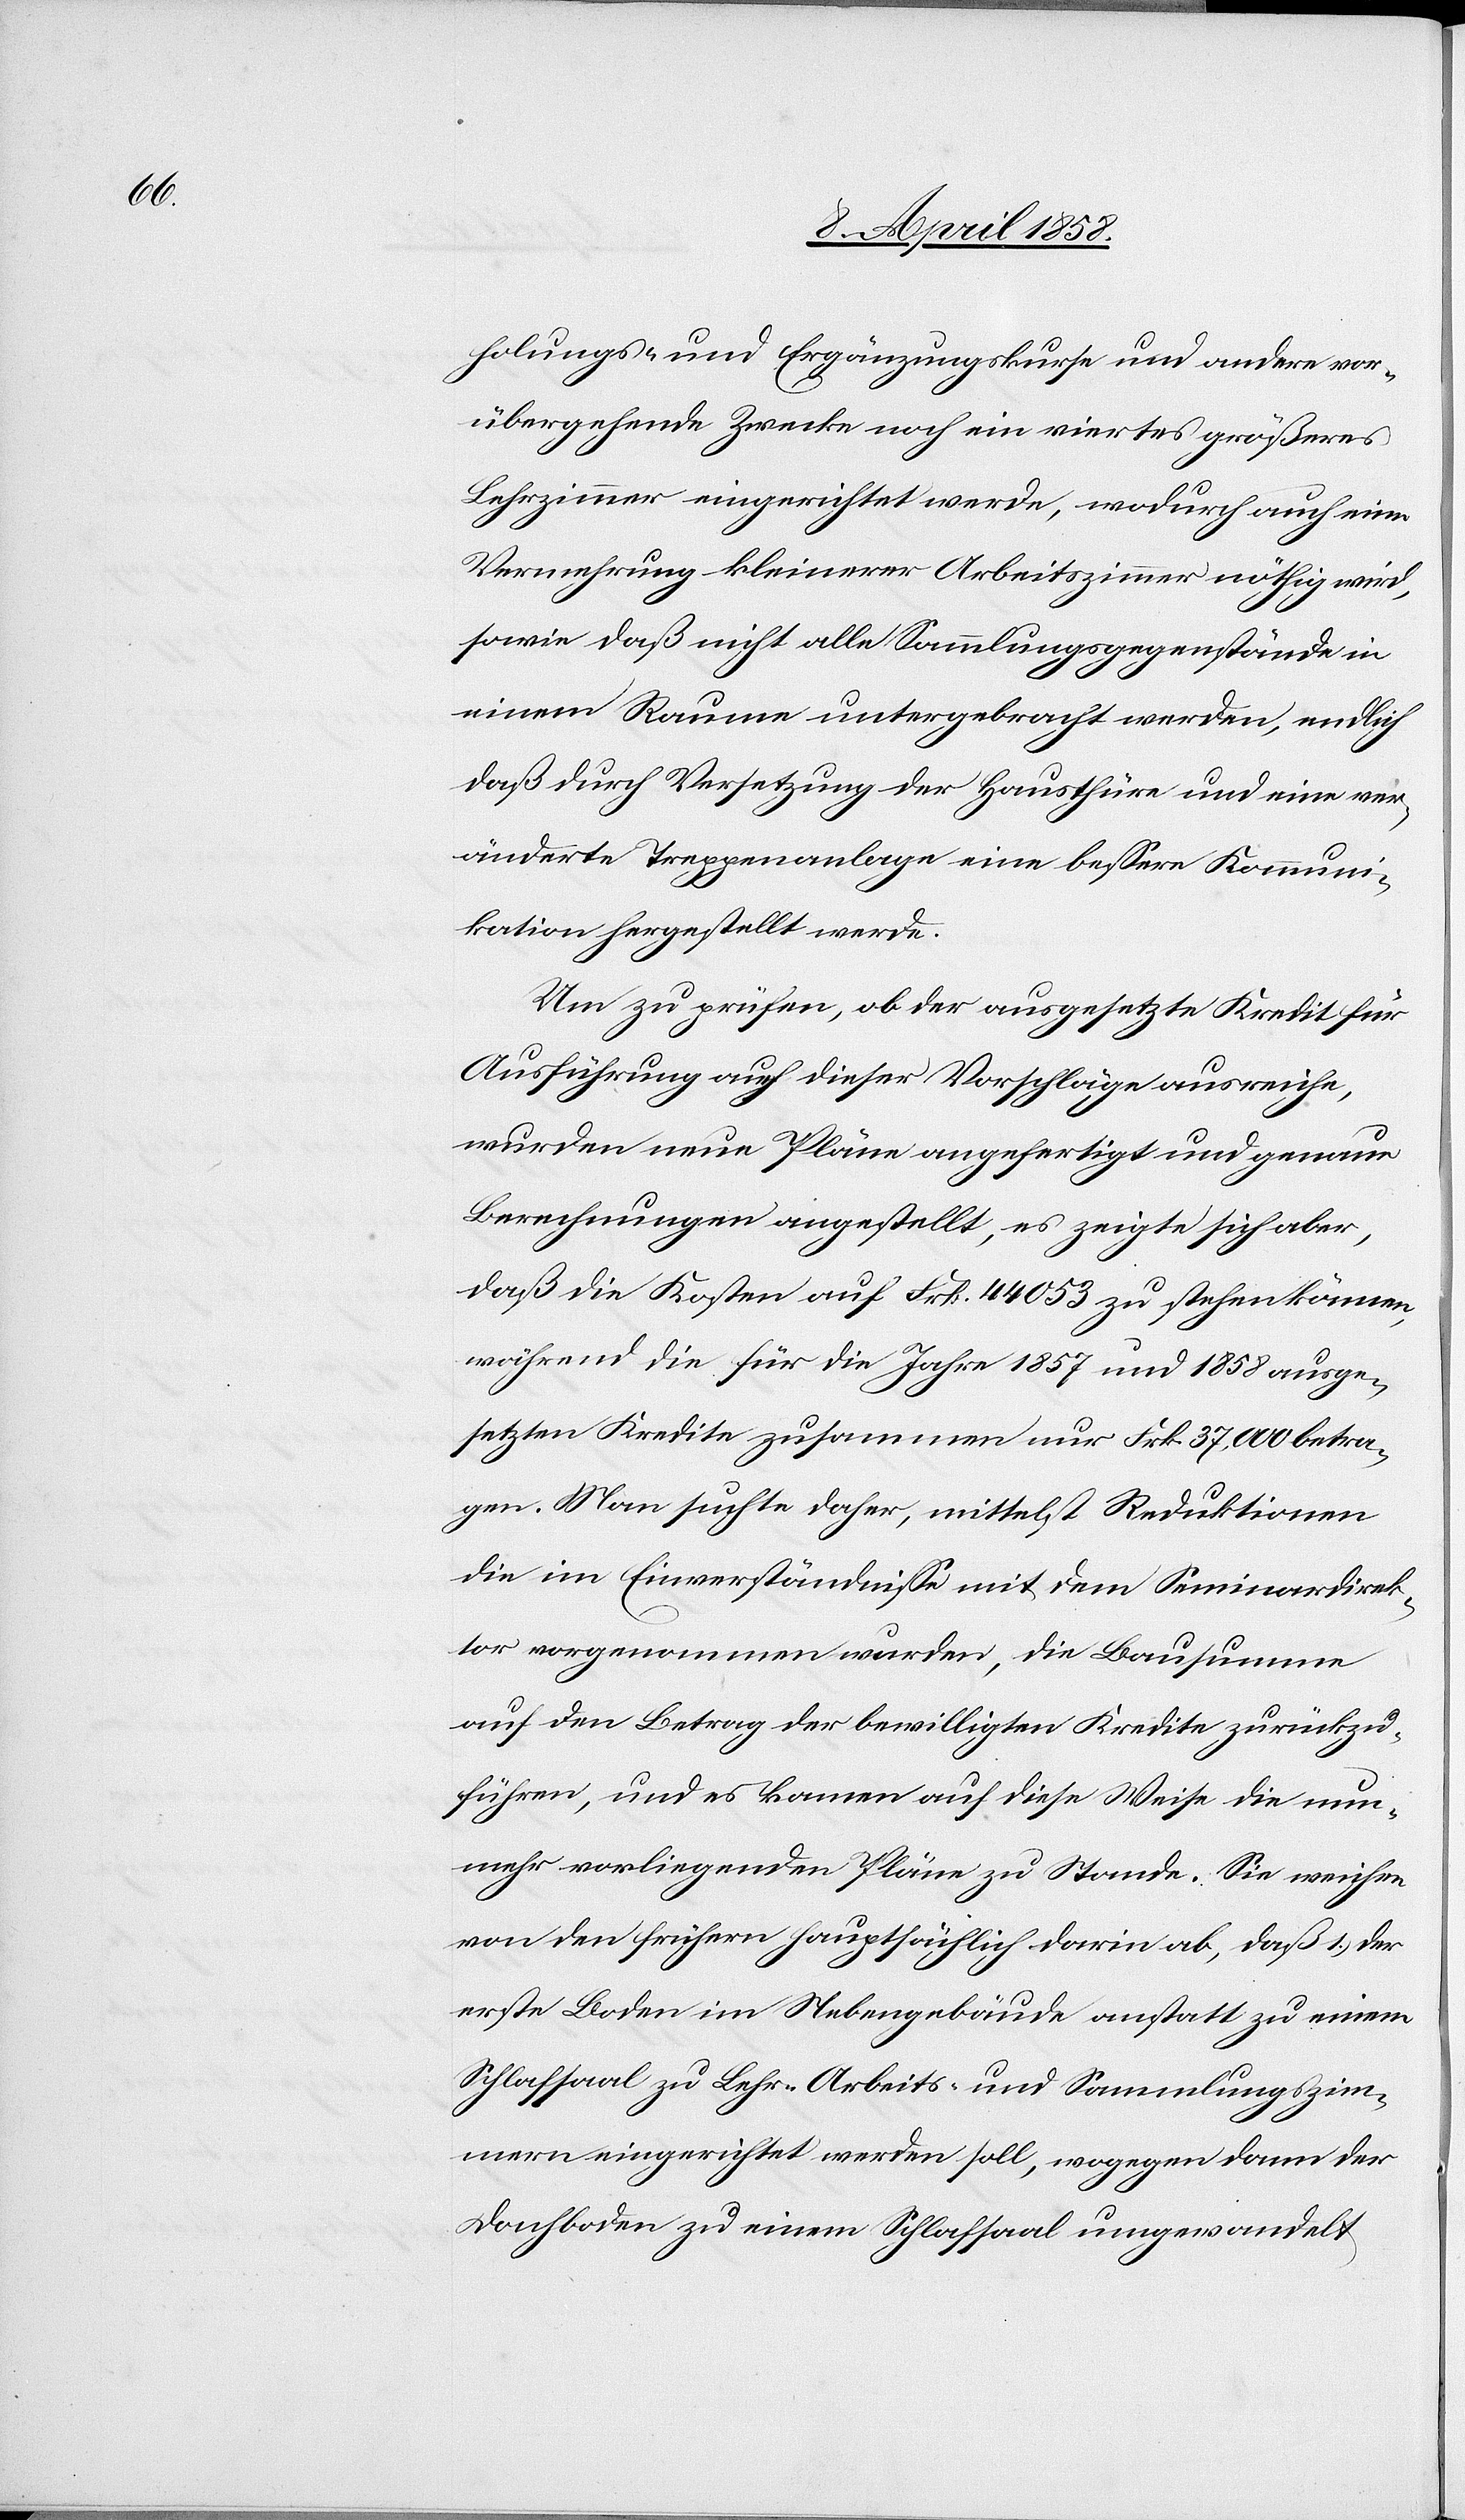
holungs- und Ergänzungskurse und andere vor¬
übergehende Zwecke noch ein viertes größeres
Lehrzimmer eingerichtet werde, wodurch auch eine
Vermehrung kleinerer Arbeitszimmer nöthig wird,
sowie daß nicht alle Sammlungsgegenstände in
einem Raume untergebracht werden, endlich
daß durch Versetzung der Hausthüre und eine ver¬
änderte Treppenanlage eine bessere Kommuni¬
kation hergestellt werde.
Um zu prüfen, ob der ausgesetzte Kredit für
Ausführung auch dieser Vorschläge ausreiche,
wurden neue Pläne angefertigt und genaue
Berechnungen angestellt, es zeigte sich aber,
daß die Kosten auf Frk. 44 053 zu stehen kämen,
während die für die Jahre 1857 und 1858 ausge¬
setzten Kredite zusammen nur Frk. 37,000 betra¬
gen. Man suchte daher, mittelst Reduktionen
die im Einverständnisse mit dem Seminardirek¬
tor vorgenommen wurden, die Bausumme
auf den Betrag der bewilligten Kredite zurückzu¬
führen, und es kamen auf diese Weise die nun¬
mehr vorliegenden Pläne zu Stande. Sie weichen
von den frühern hauptsächlich darin ab, daß 1.) der
erste Boden im Nebengebäude anstatt zu einem
Schlafsaal zu Lehr-[,] Arbeits- und Sammlungszim¬
mern eingerichtet werden soll, wogegen dann der
Dachboden zu einem Schlafsaal umgewandelt